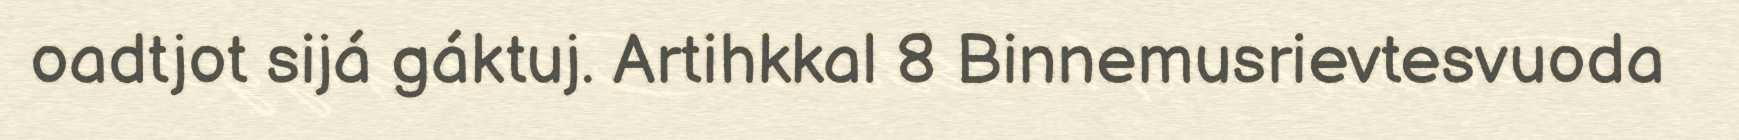
oadtjot sijá gáktuj. Artihkkal 8 Binnemusrievtesvuoda